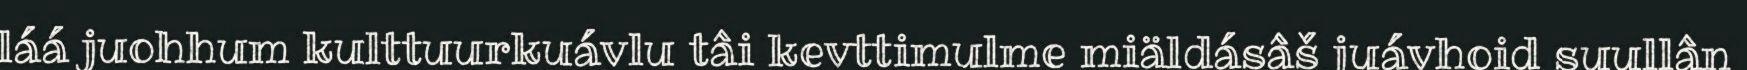
láá juohhum kulttuurkuávlu tâi kevttimulme miäldásâš juávhoid suullân